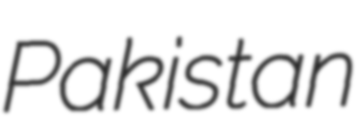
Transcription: Pakistan